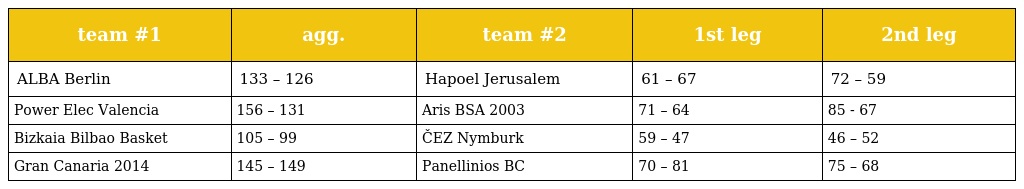
| team #1 | agg. | team #2 | 1st leg | 2nd leg |
 | --- | --- | --- | --- | --- |
 | ALBA Berlin | 133 – 126 | Hapoel Jerusalem | 61 – 67 | 72 – 59 |
 | Power Elec Valencia | 156 – 131 | Aris BSA 2003 | 71 – 64 | 85 - 67 |
 | Bizkaia Bilbao Basket | 105 – 99 | ČEZ Nymburk | 59 – 47 | 46 – 52 |
 | Gran Canaria 2014 | 145 – 149 | Panellinios BC | 70 – 81 | 75 – 68 |